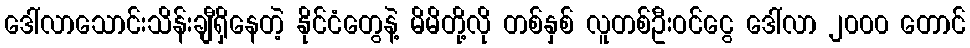
ဒေါ်လာသောင်းသိန်းချီရှိနေတဲ့ နိုင်ငံတွေနဲ့ မိမိတို့လို တစ်နှစ် လူတစ်ဦးဝင်ငွေ ဒေါ်လာ ၂၀၀၀ တောင်